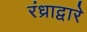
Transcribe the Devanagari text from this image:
रंध्राद्वारे